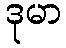
ဒုမာ